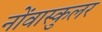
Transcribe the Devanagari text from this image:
नोंवास्कुलर